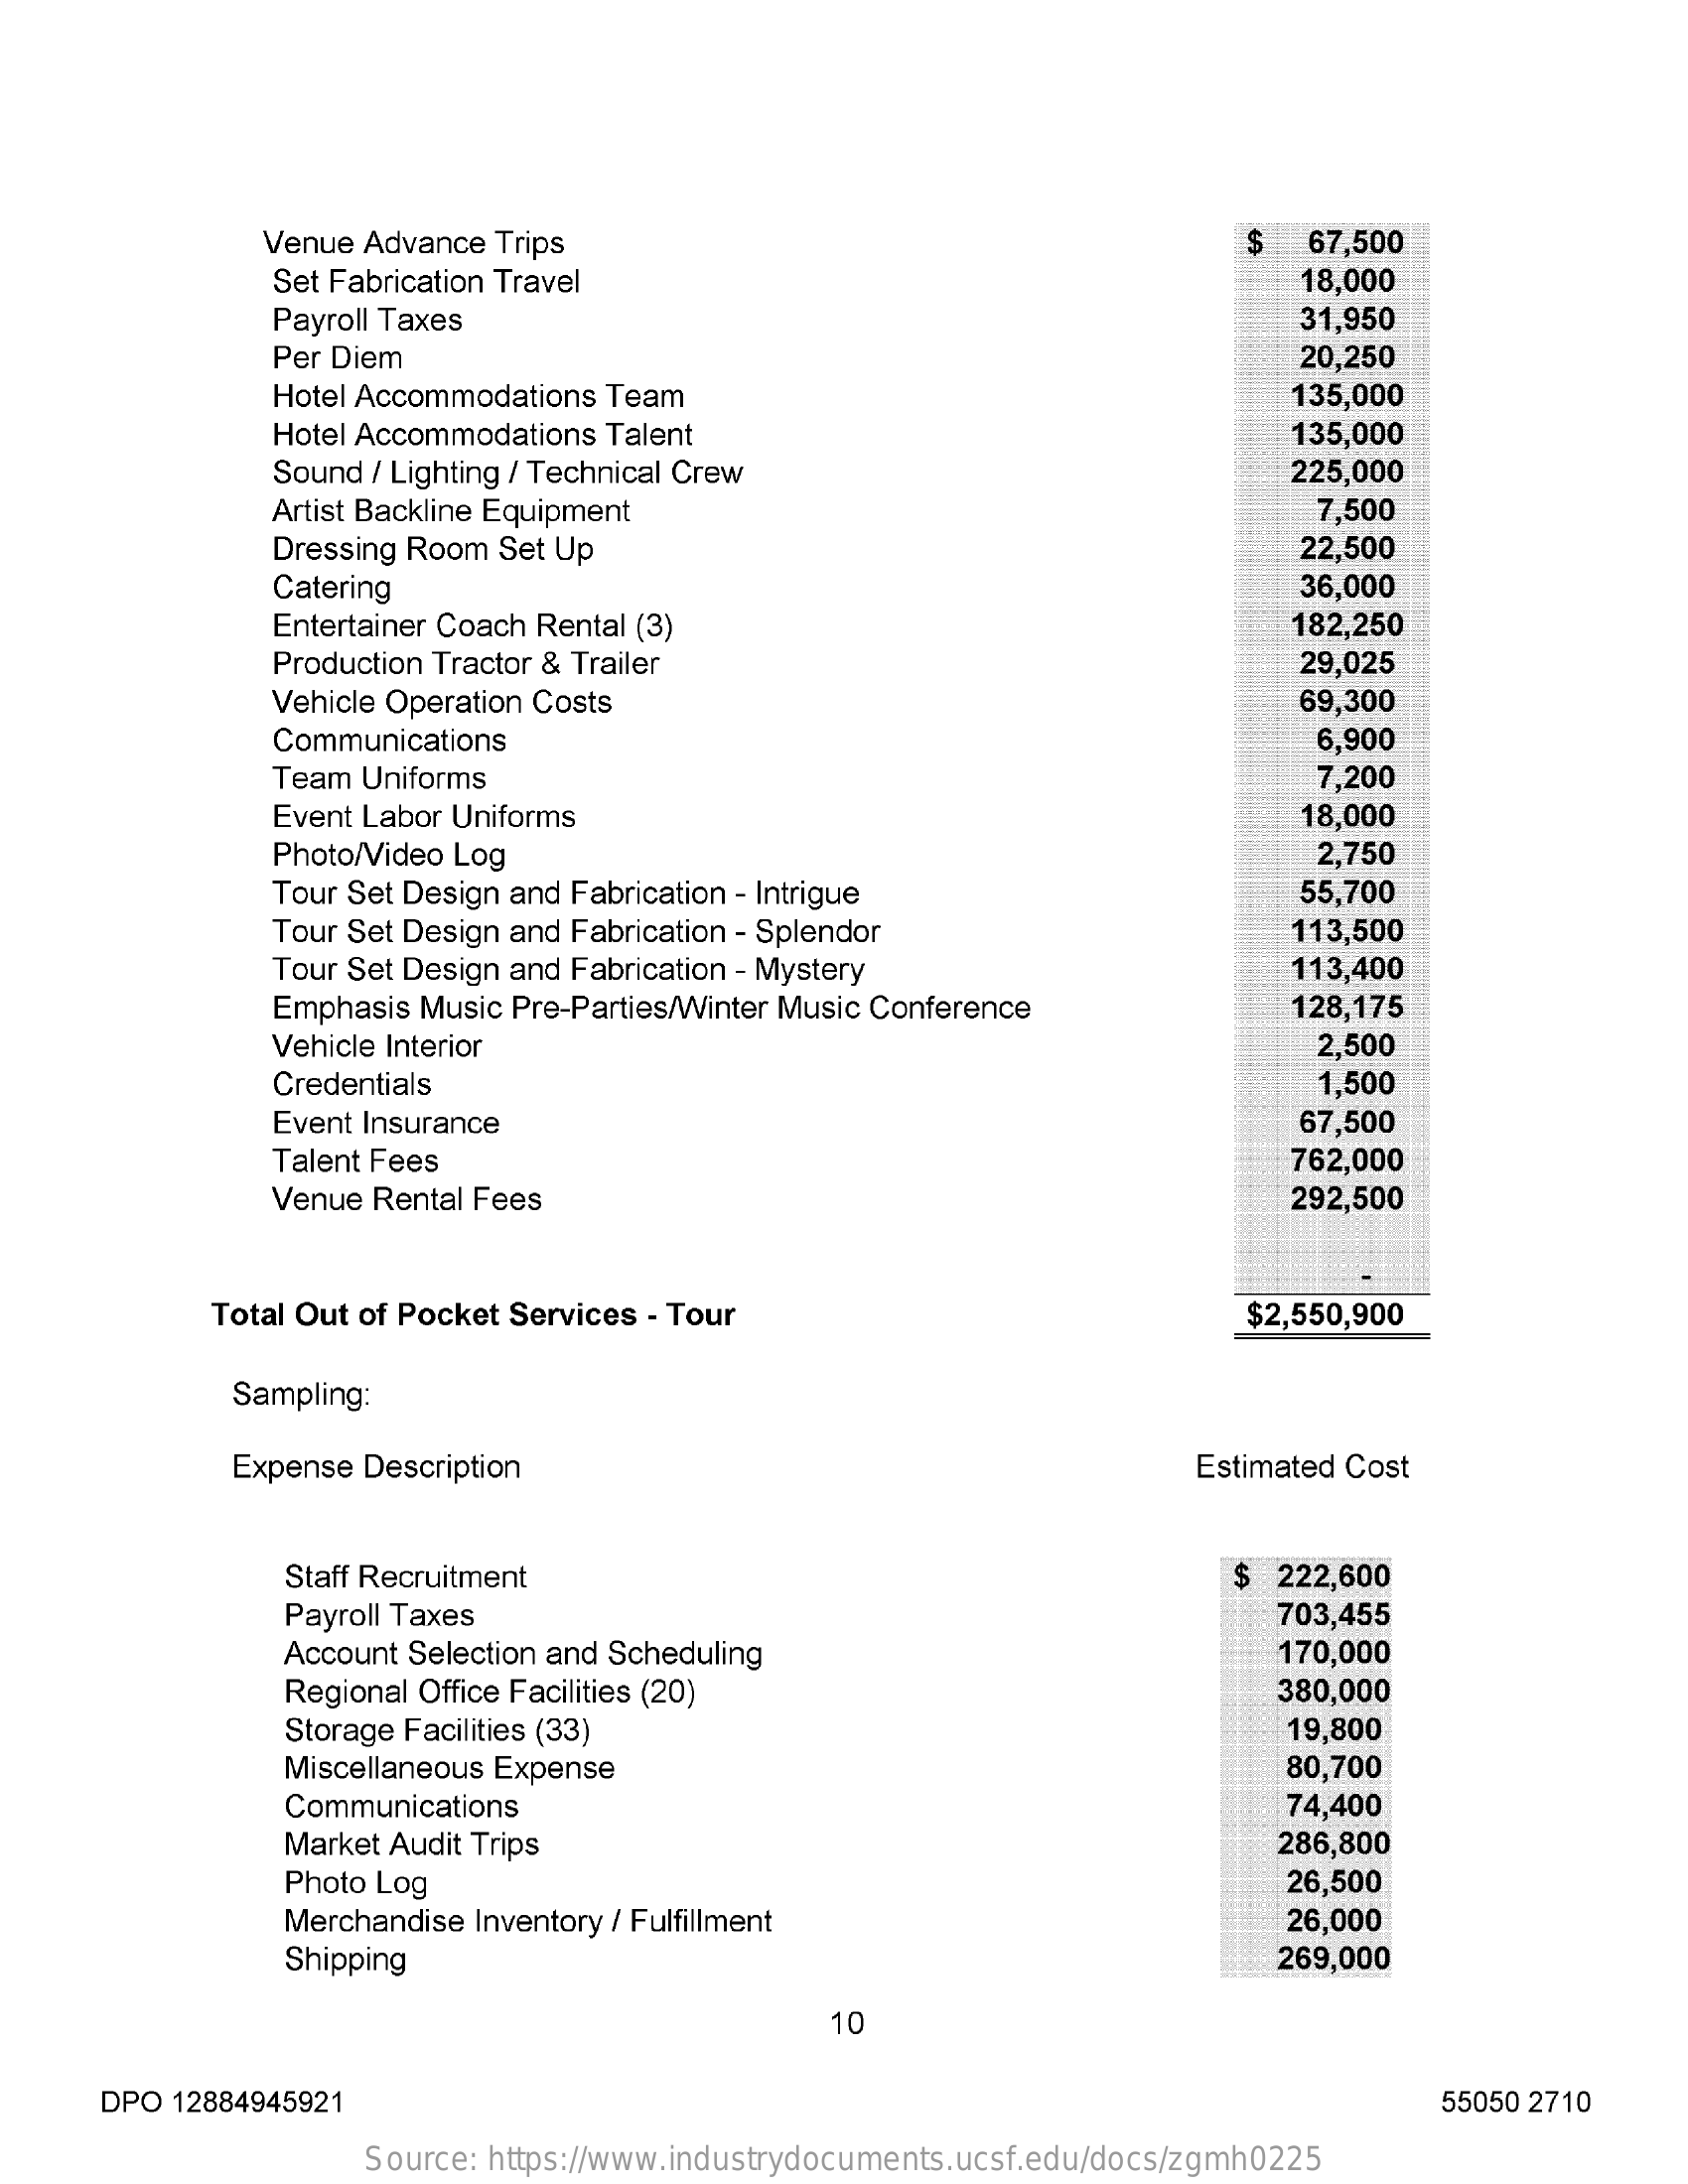
Venue Advance Trips    67,500
     Set Fabrication Travel    18,000
     Payroll Taxes    31,950
     Per Diem    20,250
     Hotel Accommodations Team    135,000
     Hotel Accommodations Talent    135,000
     Sound / Lighting / Technical Crew    225,000
     Artist Backline Equipment    7,500
     Dressing Room Set Up    22,500
     Catering    36,000
     Entertainer Coach Rental (3)    182,250
     Production Tractor & Trailer    29,025
     Vehicle Operation Costs    69,300
     Communications    6,900
     Team Uniforms    7,200
     Event Labor Uniforms    18,000
     Photo/Video Log    2,750
     Tour Set Design and Fabrication - Intrigue    55,700
     Tour Set Design and Fabrication - Splendor    113,500
     Tour Set Design and Fabrication - Mystery    113,400
     Emphasis Music Pre-Parties/Winter Music Conference    128,175
     Vehicle Interior    2,500
     Credentials    1,500
     Event Insurance    67,500
     Talent Fees    762,000
     Venue Rental Fees    292,500
     Total Out of Pocket Services - Tour    $2,550,900
     Sampling:
     Expense Description    Estimated Cost
     Staff Recruitment    $  222,600
     Payroll Taxes    703,455
     Account Selection and Scheduling    170,000
     Regional Office Facilities (20)    380,000
     Storage Facilities (33)    19,800
     Miscellaneous Expense    80,700
     Communications    74,400
     Market Audit Trips    286,800
     Photo Log    26,500
     Merchandise Inventory / Fulfillment    26,000
     Shipping    269,000
     10
     DPO  12884945921    55050 2710
     Source: https://www.industrydocuments.ucsf.edu/docs/zgmh0225